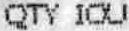
QTY IOU